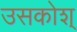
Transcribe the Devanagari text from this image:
उसकोश्